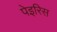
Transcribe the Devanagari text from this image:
पेइरिस